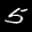
Label: 5